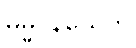
ဓမ္မဝိနယေတိ